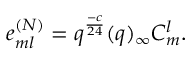
e _ { m l } ^ { ( N ) } = q ^ { \frac { - c } { 2 4 } } ( q ) _ { \infty } C _ { m } ^ { l } .